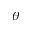
\theta